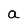
Character: a